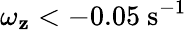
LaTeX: \omega_{\mathbf{z}}<-0.05\ \mathrm{{s^{-1}}}